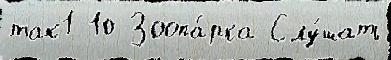
так1 10 Зоопа́рка Слу́шать